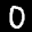
Label: 0